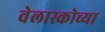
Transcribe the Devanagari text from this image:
वेलास्कोच्या